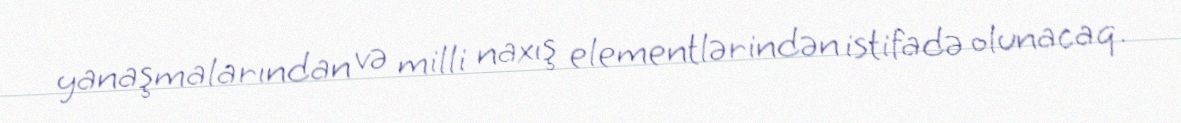
yanaşmalarından və milli naxış elementlərindən istifadə olunacaq.